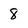
Character: 8